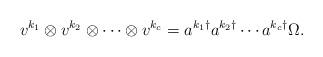
LaTeX: \begin{align*}v^{k_1} \otimes v^{k_2} \otimes \cdots \otimes v^{k_c} = a^{k_1 \dagger} a^{k_2 \dagger} \cdots a^{k_c \dagger} \Omega .\end{align*}